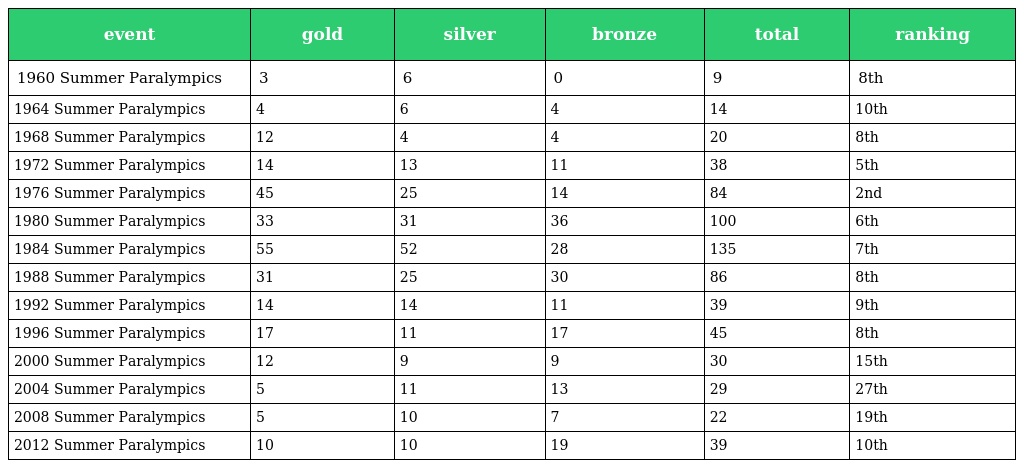
| event | gold | silver | bronze | total | ranking |
 | --- | --- | --- | --- | --- | --- |
 | 1960 Summer Paralympics | 3 | 6 | 0 | 9 | 8th |
 | 1964 Summer Paralympics | 4 | 6 | 4 | 14 | 10th |
 | 1968 Summer Paralympics | 12 | 4 | 4 | 20 | 8th |
 | 1972 Summer Paralympics | 14 | 13 | 11 | 38 | 5th |
 | 1976 Summer Paralympics | 45 | 25 | 14 | 84 | 2nd |
 | 1980 Summer Paralympics | 33 | 31 | 36 | 100 | 6th |
 | 1984 Summer Paralympics | 55 | 52 | 28 | 135 | 7th |
 | 1988 Summer Paralympics | 31 | 25 | 30 | 86 | 8th |
 | 1992 Summer Paralympics | 14 | 14 | 11 | 39 | 9th |
 | 1996 Summer Paralympics | 17 | 11 | 17 | 45 | 8th |
 | 2000 Summer Paralympics | 12 | 9 | 9 | 30 | 15th |
 | 2004 Summer Paralympics | 5 | 11 | 13 | 29 | 27th |
 | 2008 Summer Paralympics | 5 | 10 | 7 | 22 | 19th |
 | 2012 Summer Paralympics | 10 | 10 | 19 | 39 | 10th |